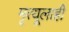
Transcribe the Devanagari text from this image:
मृत्यूलाही